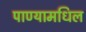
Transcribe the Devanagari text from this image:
पाण्यामधिल